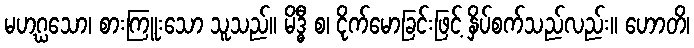
မဟဂ္ဃသော၊ စားကြူးသော သူသည်။ မိဒ္ဓီ စ၊ ငိုက်မောခြင်းဖြင့် နှိပ်စက်သည်လည်း။ ဟောတိ၊